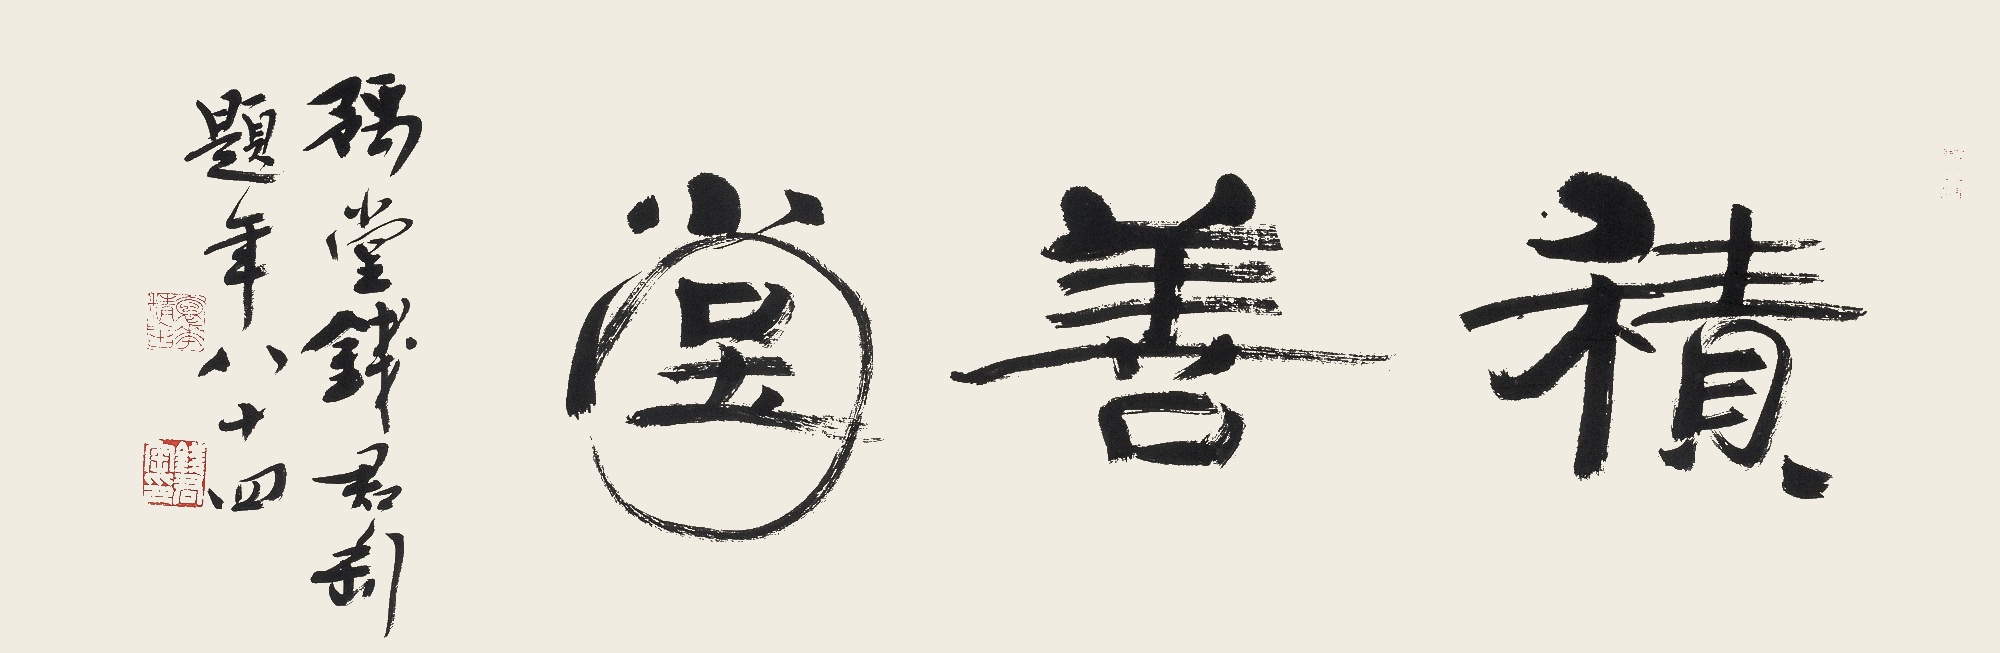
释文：积善堂豫堂钱君匋题，年八十四。